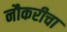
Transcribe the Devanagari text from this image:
नौकरीचा